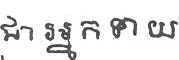
ជា អ្នក ទាយ